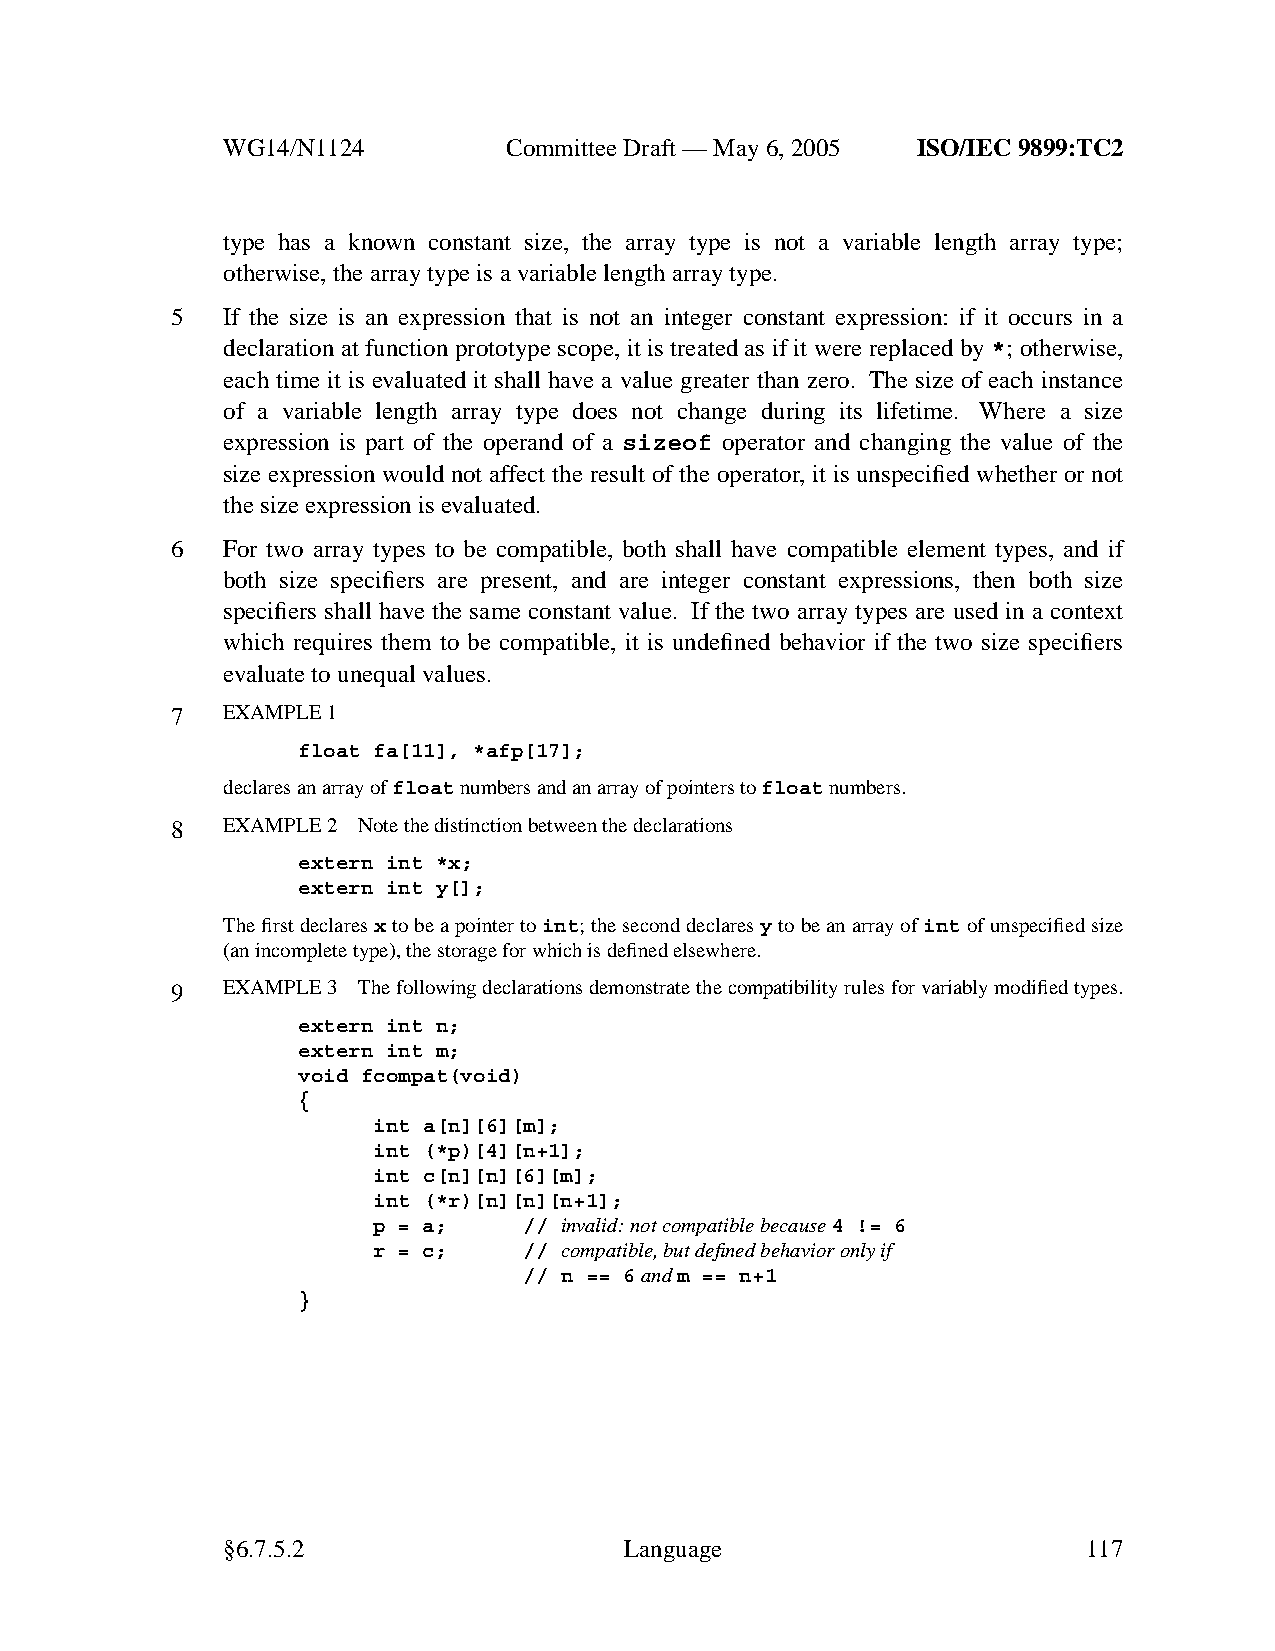
WG14/N1124        CommitteeDraft — May 6, 2005 ISO/IEC 9899:TC2
 type has a known constant size, the array type is not a variable length array type;
 otherwise, the array type is a variable length array type.
 5   If the size is an expression that is not an integer constant expression: if it occurs in a
 declaration at function prototype scope, it is treated as if it were replaced by *; otherwise,
 each time it is evaluated it shall have a value greater than zero. The size of each instance
 of a variable length array type does not change during its lifetime. Where a size
 expression is part of the operand of a sizeof operator and changing the value of the
 size expression would not affect the result of the operator, it is unspecified whether or not
 the size expression is evaluated.
 6   For two array types to be compatible, both shall have compatible element types, and if
 both size specifiers are present, and are integer constant expressions, then both size
 specifiers shall have the same constant value. If the two array types are used in a context
 which requires them to be compatible, it is undefined behavior if the two size specifiers
 evaluate to unequal values.
 7   EXAMPLE 1
 float fa[11], *afp[17];
 declares an array offloatnumbers and an array of pointers tofloatnumbers.
 8   EXAMPLE 2 Note the distinction between the declarations
 extern int *x;
 extern int y[];
 The first declaresxto be a pointer toint;the second declaresyto be an array ofintof unspecified size
 (an incomplete type), the storage for which is defined elsewhere.
 9   EXAMPLE 3 The following declarations demonstrate the compatibility rules for variably modified types.
 extern int n;
 extern int m;
 void fcompat(void)
 {
 int a[n][6][m];
 int (*p)[4][n+1];
 int c[n][n][6][m];
 int (*r)[n][n][n+1];
 p = a;    // invalid: not compatible because4 != 6
 r = c;    // compatible,but defined behavior only if
 // n == 6andm == n+1
 }
 §6.7.5.2                  Language                       117